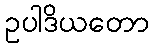
ဥပါဒိယတော